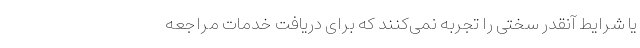
یا شرایط آنقدر سختی را تجربه نمی‌کنند که برای دریافت خدمات مراجعه